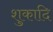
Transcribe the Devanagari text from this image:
शुकादि